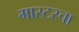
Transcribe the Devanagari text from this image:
मास्टरचा